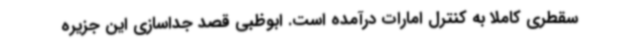
سقطری کاملا به کنترل امارات درآمده است. ابوظبی قصد جداسازی این جزیره